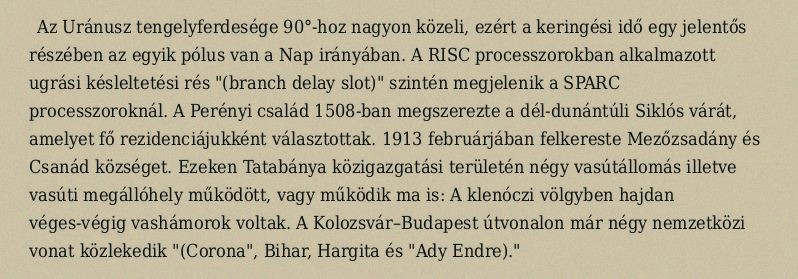
Az Uránusz tengelyferdesége 90°-hoz nagyon közeli, ezért a keringési idő egy jelentős részében az egyik pólus van a Nap irányában. A RISC processzorokban alkalmazott ugrási késleltetési rés "(branch delay slot)" szintén megjelenik a SPARC processzoroknál. A Perényi család 1508-ban megszerezte a dél-dunántúli Siklós várát, amelyet fő rezidenciájukként választottak. 1913 februárjában felkereste Mezőzsadány és Csanád községet. Ezeken Tatabánya közigazgatási területén négy vasútállomás illetve vasúti megállóhely működött, vagy működik ma is: A klenóczi völgyben hajdan véges-végig vashámorok voltak. A Kolozsvár–Budapest útvonalon már négy nemzetközi vonat közlekedik "(Corona", Bihar, Hargita és "Ady Endre)."